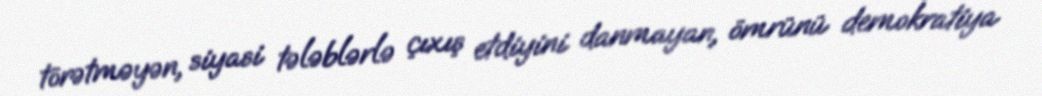
törətməyən, siyasi tələblərlə çıxış etdiyini danmayan, ömrünü demokratiya